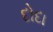
દોદા